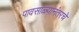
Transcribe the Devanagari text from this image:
पावसाळ्यानंतरचे